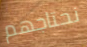
نحتاجهم